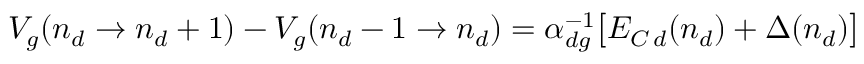
V _ { g } ( n _ { d } \to n _ { d } + 1 ) - V _ { g } ( n _ { d } - 1 \to n _ { d } ) = \alpha _ { d g } ^ { - 1 } \big [ E _ { C \, d } ( n _ { d } ) + \Delta ( n _ { d } ) \big ]